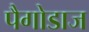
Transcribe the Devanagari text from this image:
पैगोडाज